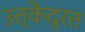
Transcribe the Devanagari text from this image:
उत्केंद्रत